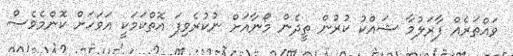
ވައްތަރެއް ފާރަލުމާ ޝައްކު ކުރުން ތީދެން މޯނާއަށް ނުކުރެވިފަ އޮތްކަމަކީ އަވަހަށް ކޮންމެވެސް